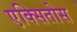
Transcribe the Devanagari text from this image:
एक्सितोस